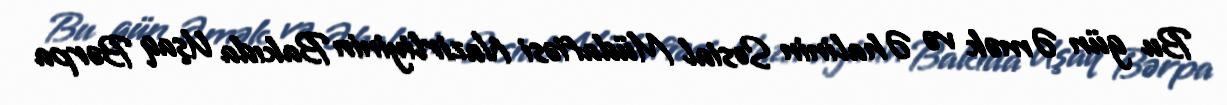
Bu gün Əmək və Əhalinin Sosial Müdafiəsi Nazirliyinin Bakıda Uşaq Bərpa